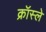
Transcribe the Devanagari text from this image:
क्रॉस्ले